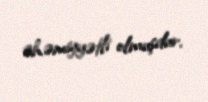
əhəmiyyətli olmuşdur.